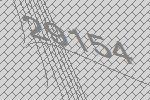
29154